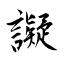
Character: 譺